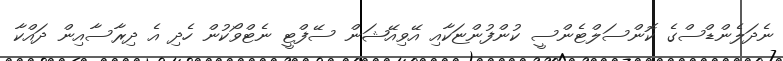
ނެދަލެންޑްސްގެ ކޮންސަލްޓެންސީ ކުންފުންޏަކާއި އޭވިއޭޝަން ސޭފްޓީ ނެޓްވޯކުން ހެދި އެ ދިރާސާއިން ދައްކާ